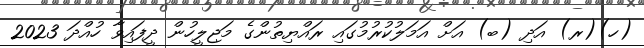
(ހ)(ރ) އަދި (ބ) އަށް އަމަލުކުރުމުގައި ރައްޔިތުންގެ މަޖިލީހުން ދީފައިވާ ހުއްދަ 2023